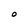
Character: O